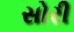
સોરી